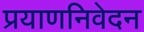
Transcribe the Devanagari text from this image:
प्रयाणनिवेदन